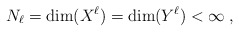
\begin{align*}N_\ell = {\rm dim}(X^\ell) = {\rm dim}(Y^\ell) <\infty \;,\end{align*}